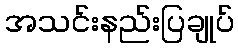
အသင်းနည်းပြချုပ်